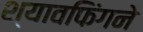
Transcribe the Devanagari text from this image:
श्यावफिंगने